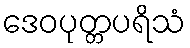
ဒေဝပုတ္တပရိသံ